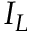
I _ { L }